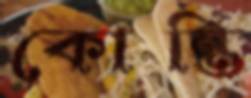
কোন্তি